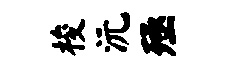
梭沅殛